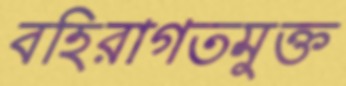
বহিরাগতমুক্ত